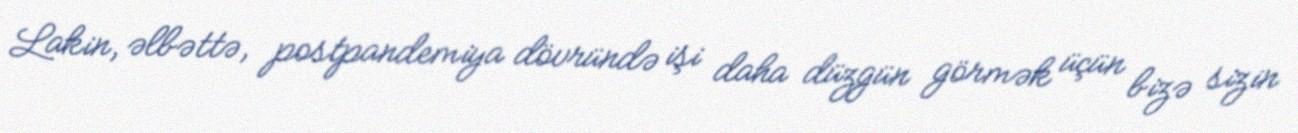
Lakin, əlbəttə, postpandemiya dövründə işi daha düzgün görmək üçün bizə sizin